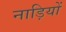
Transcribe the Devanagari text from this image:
नाड़ियों